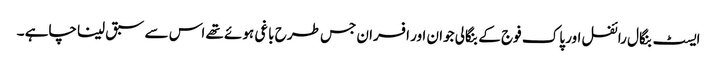
ایسٹ بنگال رائفل اور پاک فوج کے بنگالی جوان اور افسران جس طرح باغی ہوئے تھے اس سے سبق لینا چاہے ۔